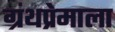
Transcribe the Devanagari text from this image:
ग्रंथप्रेमाला